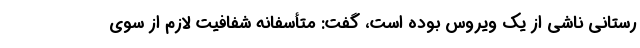
رستانی ناشی از یک ویروس بوده است، گفت: متأسفانه شفافیت لازم از سوی